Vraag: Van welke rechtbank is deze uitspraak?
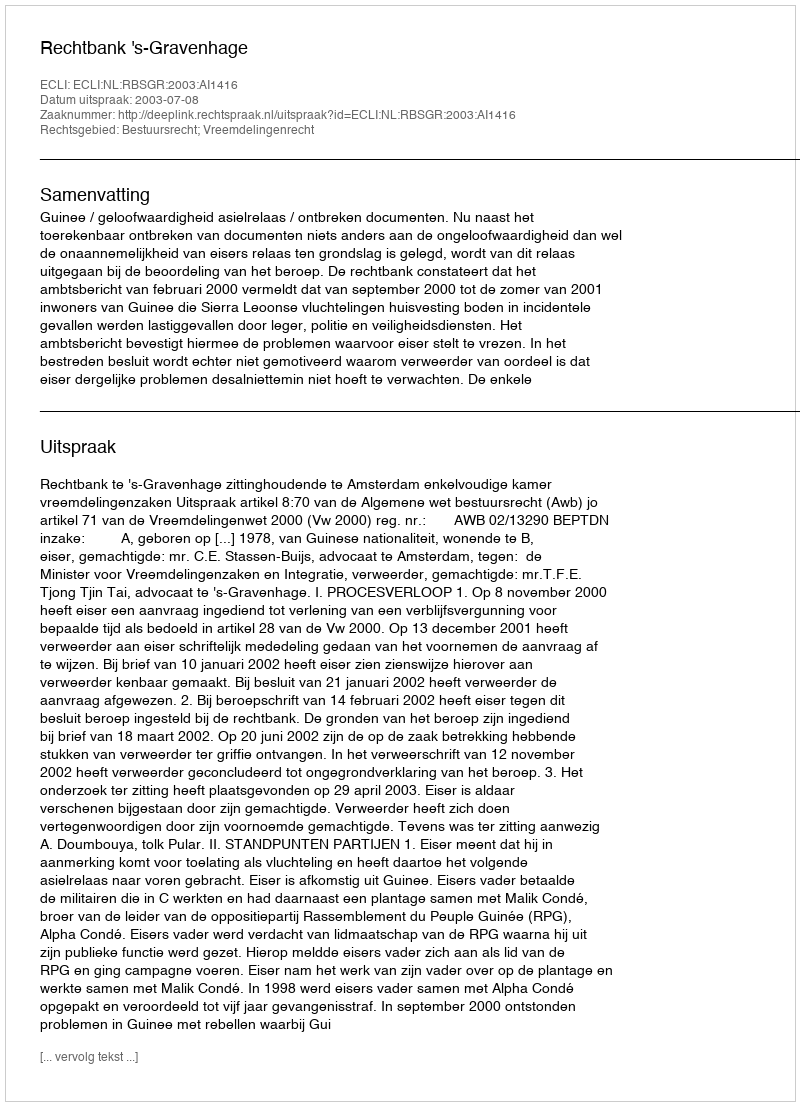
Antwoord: Rechtbank 's-Gravenhage